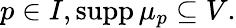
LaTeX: p\in I,\operatorname{supp}\mu_{p}\subseteq V.